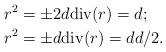
\begin{align*}r^2 &= \pm 2d \mathrm{div}(r) = d; \\r^2 &= \pm d \mathrm{div}(r) = d d/2.\end{align*}